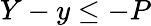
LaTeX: Y-y\leq-P